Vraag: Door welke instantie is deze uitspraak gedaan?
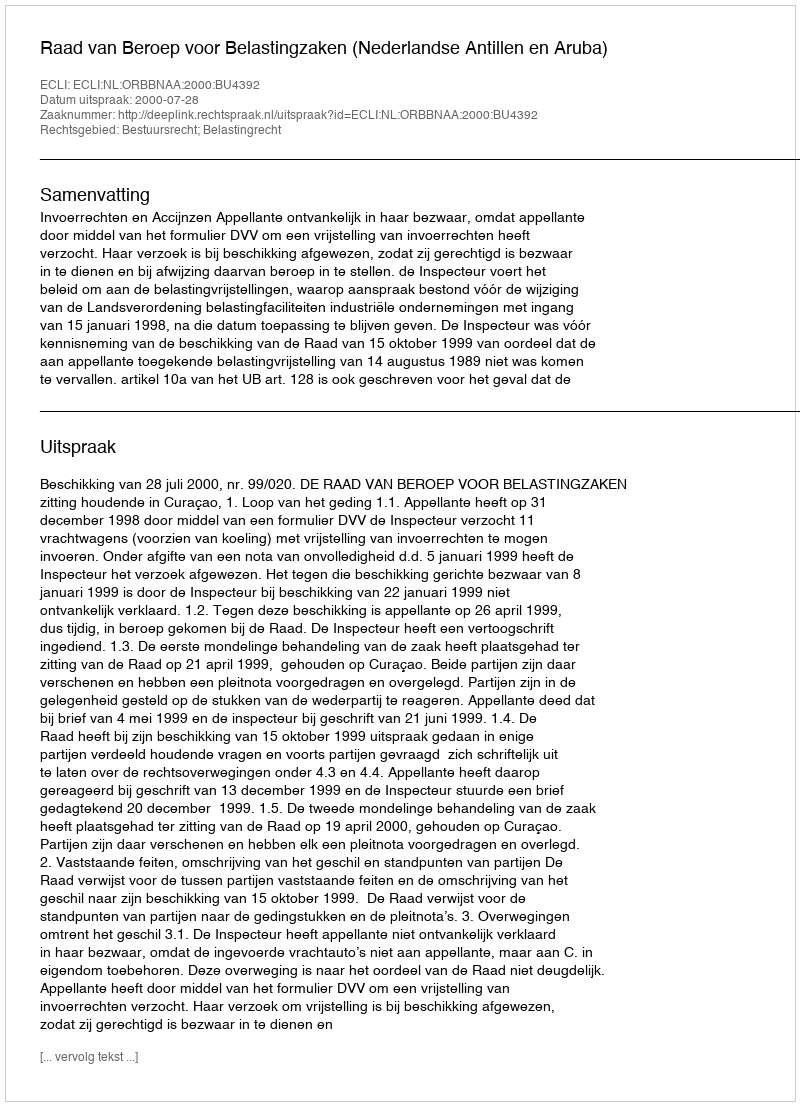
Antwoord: Raad van Beroep voor Belastingzaken (Nederlandse Antillen en Aruba)